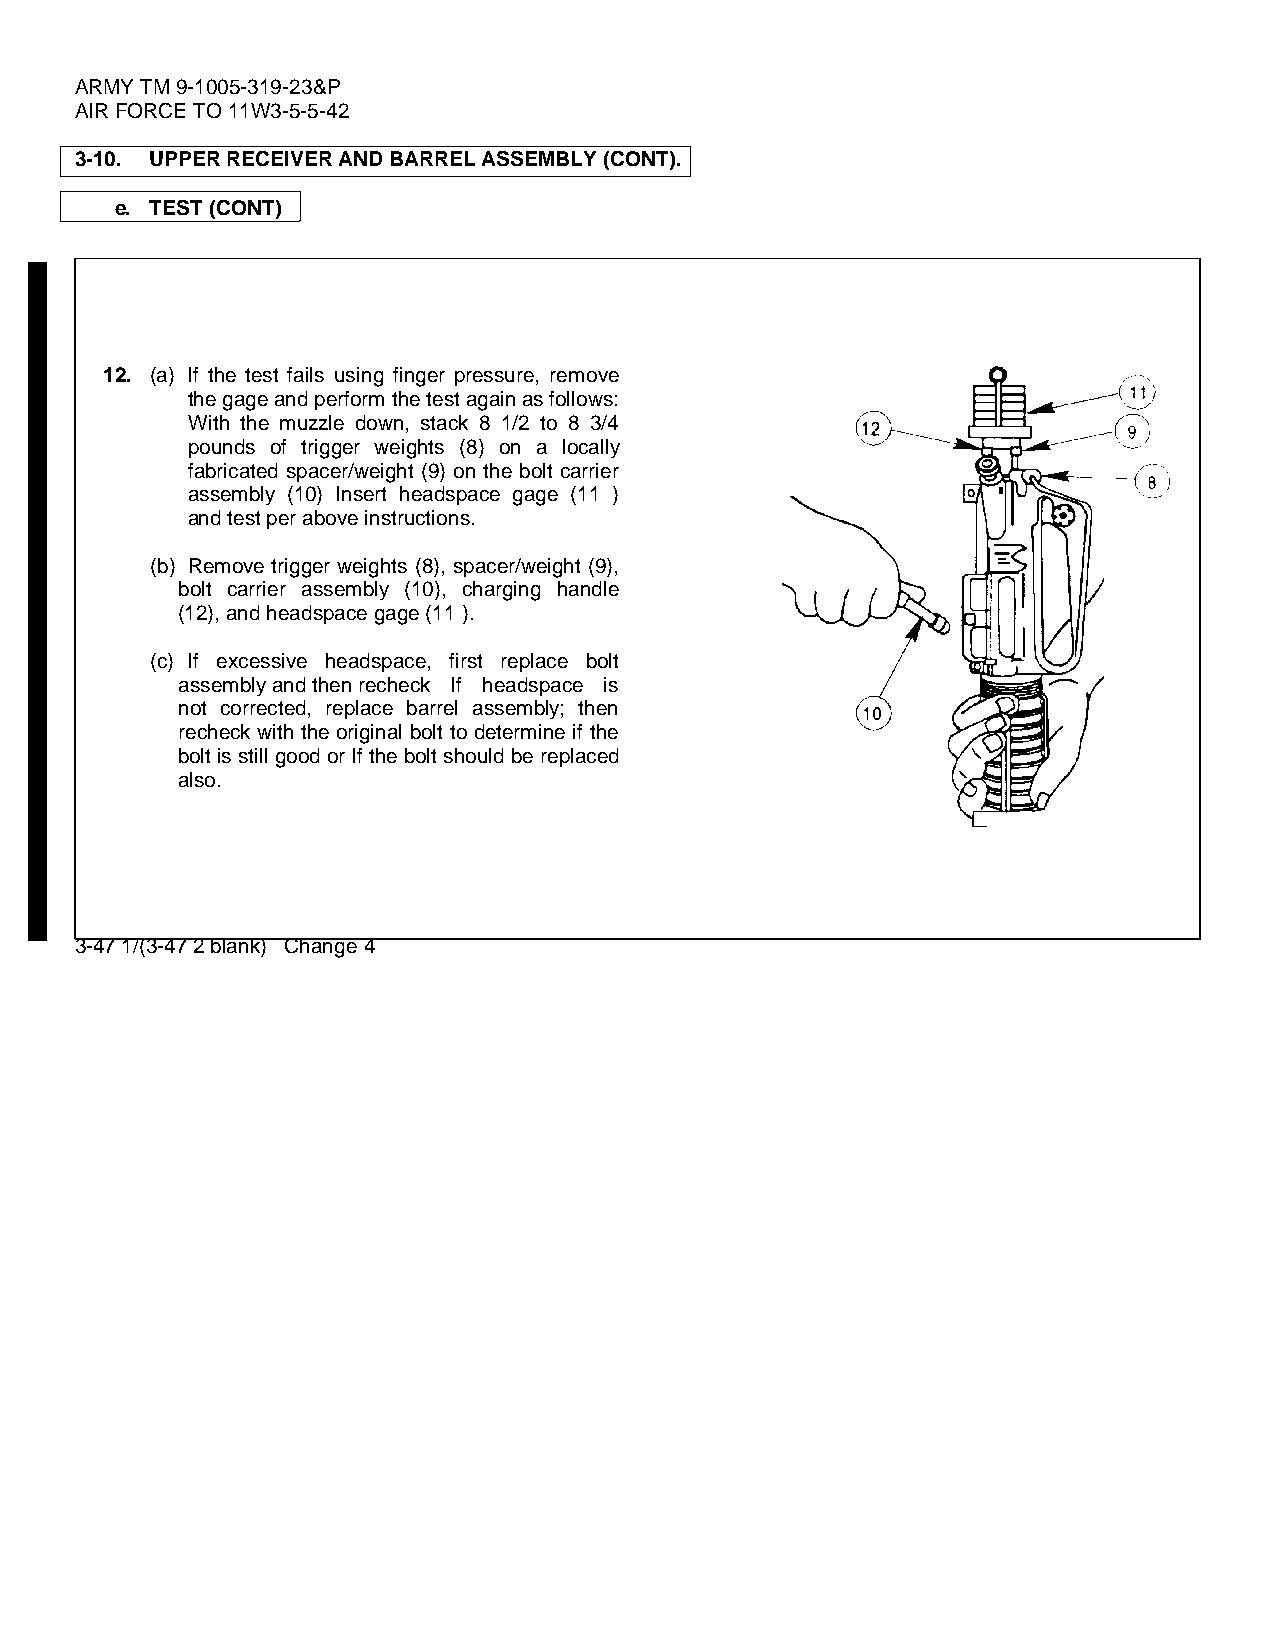
ARMY TM 9-1005-319-23&P
 AIR FORCE TO 11W3-5-5-42
 3-10. UPPER RECEIVER AND BARREL ASSEMBLY (CONT).
 e. TEST (CONT)
 12. (a) If the test fails using finger pressure, remove
 the gage and perform the test again as follows:
 With the muzzle down, stack 8 1/2 to 8 3/4
 pounds of trigger weights (8) on a locally
 fabricated spacer/weight (9) on the bolt carrier
 assembly (10) Insert headspace gage (11 )
 and test per above instructions.
 (b) Remove trigger weights (8), spacer/weight (9),
 bolt carrier assembly (10), charging handle
 (12), and headspace gage (11 ).
 (c) If excessive headspace, first replace bolt
 assembly and then recheck If headspace is
 not corrected, replace barrel assembly; then
 recheck with the original bolt to determine if the
 bolt is still good or If the bolt should be replaced
 also.
 3-47 1/(3-47 2 blank) Change 4